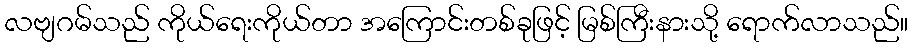
လဗျဂမ်သည် ကိုယ်ရေးကိုယ်တာ အကြောင်းတစ်ခုဖြင့် မြစ်ကြီးနားသို့ ရောက်လာသည်။